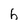
Character: h